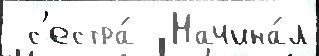
 с'естра́  Начина́л